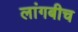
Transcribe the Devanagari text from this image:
लांगबीच